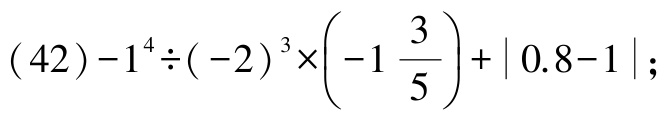
\((42)-1^{4}\div(-2)^{3}\times\left(-1\frac{3}{5}\right)+\vert0.8 - 1\vert\)